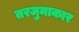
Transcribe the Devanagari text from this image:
तरजुमाकार